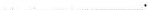
___.